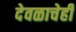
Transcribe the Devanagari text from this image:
देवळाचेही